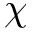
\chi